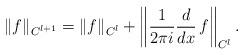
LaTeX: \begin{align*}\|f\|_{C^{l+1}}=\|f\|_{C^l}+\left\|\frac{1}{2\pi i}\frac{d}{dx}\,f\right\|_{C^l}.\end{align*}